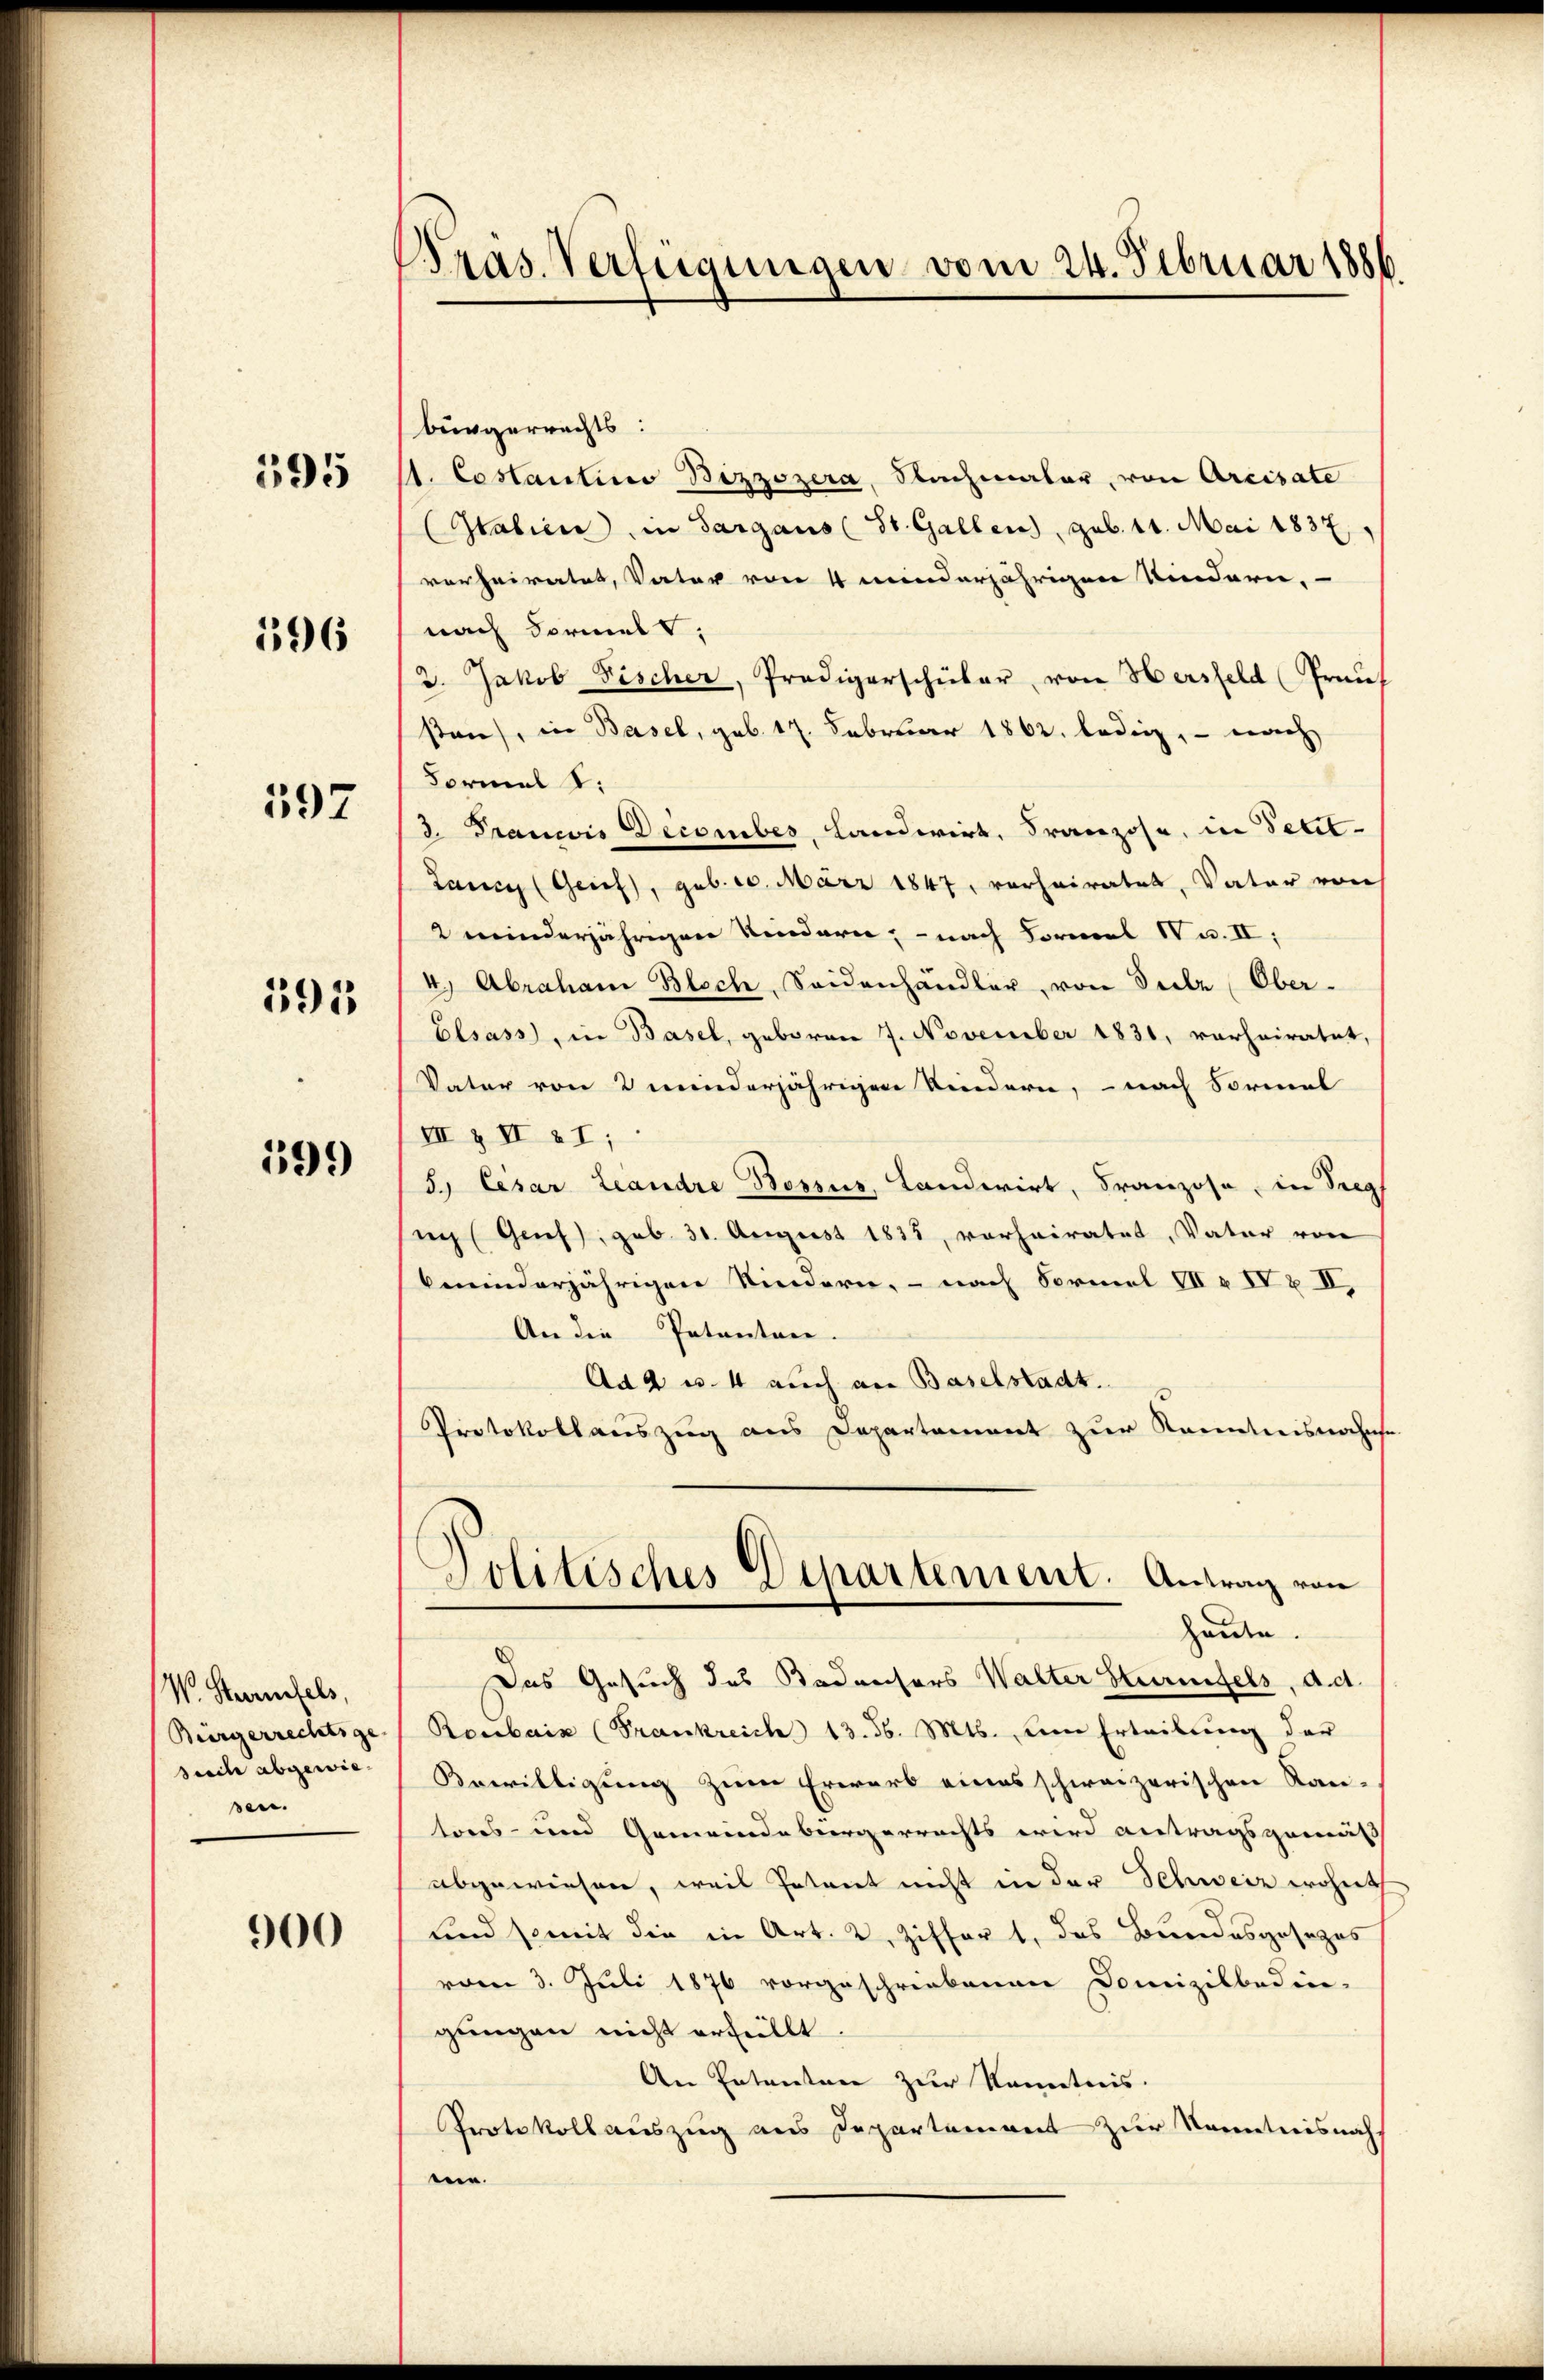
595

596

597

595

599

W. Sternfels,
Bürgerrechtige
sisch abgewie-
sen.

900

Präs. Verfügungen vom 24. Februar 1886.

bürgerrechts:
s. Costantino Bizzozera, Nachmaler, von Arcisate
(Italien, in Sargaus (St. Gallen), geb. 14. Mai 1837.
verheiratet, Vater von 4 minderjährigen Kindern,
nach Formelt;
2. Jakob Fischer, Predigerschüler, von Hersfeld (Frau
sten, in Basel, geb. 17. Februar 1862. ledig, - nach
Formal 1:
d. Trancis December, Landwirt, Franzose, in Petit-
Lanin (Geief, geb. 10. März 1847, verheiratet, Vater von
2 minderjährigen Kindern; - nach Formel IV u. II,
4) Abraham Bloch, Seidenhändler, von Seele (Ober-
Elsass, in Basel, geboren 7. November 1831, verheiratet,
Vater von 2 minderjährigen Kindern, – nach Sormel
II & II 27;
5. Cesar Landre Bossus, Landerirt, Franzose, in Trepf
sach Genf, geb. 31. August 1835, vorheiratet, Vater von
beminderjährigen Kindern, – nach Formel VII & IV x II,
An die Petentane
Ad 2 u. 4 auch an Baselstadt.
Protokollauszug aus Departement zur Kenntnisnahms
Politisches Departement. Antrag von
haute.
Das Gesuch des Badensors Walter Sturnfels, d. d.
Roubais (Frankreich 13. d. Mts. um Erteilung der
Bewilligung zum Erwarb eines schweizerischen Kan-
tores- und Gemeindebürgerrechts wird antragsgemäß
abgewiesen, weil Petent nicht in der Schweiz wohnt
und somit die in Art. 2. Ziffert, das Bundesgesezes
vom 3. Juli 1876 vorgeschriebenen Domizilbedin-
gungen nicht erfüllt.
An Petenten zur Kenntnis.
Protokollauszug aus Departement zur Kenntnisnah
nen.